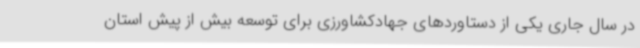
در سال جاری یکی از دستاوردهای جهادکشاورزی برای توسعه بیش از پیش استان